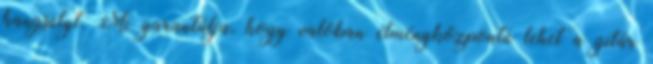
hangsúlyt. Mi garantálja, hogy valóban élményközpontú lehet a gitár